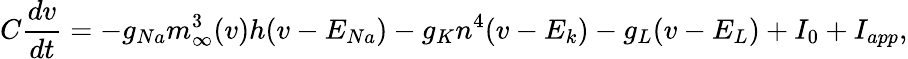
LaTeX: C\frac{dv}{dt}=-g_{Na}m_{\infty}^{3}(v)h(v-E_{Na})-g_{K}n^{4}(v-E_{k})-g_{L}(v-E_{L})+I_{0}+I_{app},